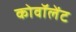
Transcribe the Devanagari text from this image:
कोवॉलेंट